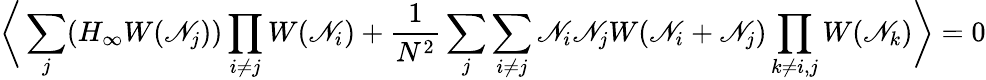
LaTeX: \bigg\langle\sum_{j}(H_{\infty}W(\mathscr{N}_{j}))\prod_{i\not{=}j}W(\mathscr{N}_{i})+{\frac{{1}}{{N^{2}}}}\sum_{j}\sum_{i\not{=}j}\mathscr{N}_{i}\mathscr{N}_{j}W(\mathscr{N}_{i}+\mathscr{N}_{j})\prod_{k\not{=}i,j}W(\mathscr{N}_{k})\bigg\rangle=0